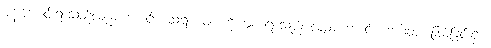
ပုန်းအောင်းရာသည်လည်းကောင်း။ သရဏံဝါ၊ ကိုးကွယ်ရာသည် လည်းကောင်း။ ဘဝိတုံ၊ ဖြစ်ခြင်းငှာ။